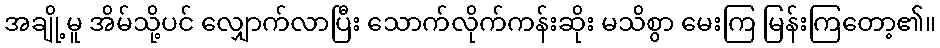
အချို့မူ အိမ်သို့ပင် လျှောက်လာပြီး သောက်လိုက်ကန်းဆိုး မသိစွာ မေးကြ မြန်းကြတော့၏။